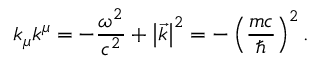
k _ { \mu } k ^ { \mu } = - \frac { \omega ^ { 2 } } { c ^ { 2 } } + \left| \vec { k } \right| ^ { 2 } = - \left( \frac { m c } { \hbar } \right) ^ { 2 } .